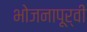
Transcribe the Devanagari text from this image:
भोजनापूर्वी